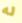
له